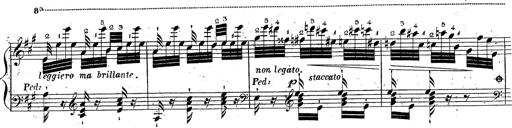
Title: Grande fantaisie sur la tyrolienne de l'opÃ©ra
Composer: Franz Liszt
Key: A major